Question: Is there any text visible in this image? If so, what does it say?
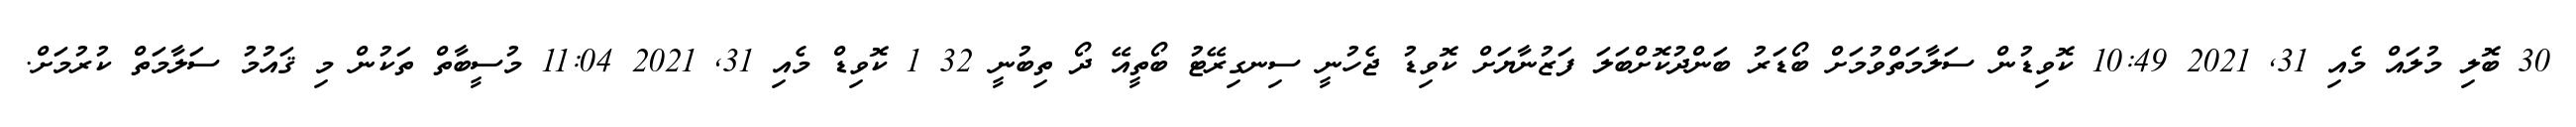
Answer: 30 ބޮލި މުލައް މެއި 31, 2021 10:49 ކޮވިޑުން ސަލާމަތްވުމަށް ބޯޑަރު ބަންދުކޮށްބަލަ ފަޒުނާޔަށް ކޮވިޑު ޖެހުނީ ސިނގިރޭޓު ބޯތީއޭ ދޯ ތިބުނީ 32 1 ކޮވިޑް މެއި 31, 2021 11:04 މުސީބާތް ތަކުން މި ޤައުމު ސަލާމަތް ކުރުމަށް.